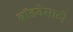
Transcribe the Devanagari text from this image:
ब्रॉडवेसाठी